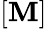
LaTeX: [\mathbf{M}]